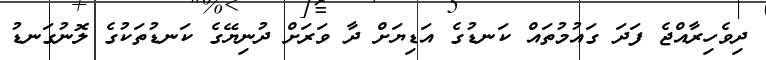
ދިވެހިރާއްޖެ ފަދަ ގައުމުތައް ކަނޑުގެ އަޑިޔަށް ދާ ވަރަށް ދުނިޔޭގެ ކަނޑުތަކުގެ ލޮނުގަނޑު